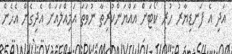
އަދި އެ ފަނޑިޔާރު ހުރި ކޯޓަށް އައްޔަންކުރިތާ ނުވަތަ އަމިއްލައަށް އެދިގެން އެހެން